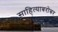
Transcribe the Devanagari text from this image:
साहित्याबरोबर